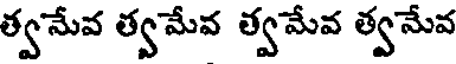
త్వమేవ త్వమేవ త్వమేవ త్వమేవ